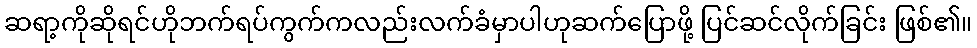
ဆရာ့ကိုဆိုရင်ဟိုဘက်ရပ်ကွက်ကလည်းလက်ခံမှာပါဟုဆက်ပြောဖို့ ပြင်ဆင်လိုက်ခြင်း ဖြစ်၏။